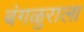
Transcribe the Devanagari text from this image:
बंगळुराला